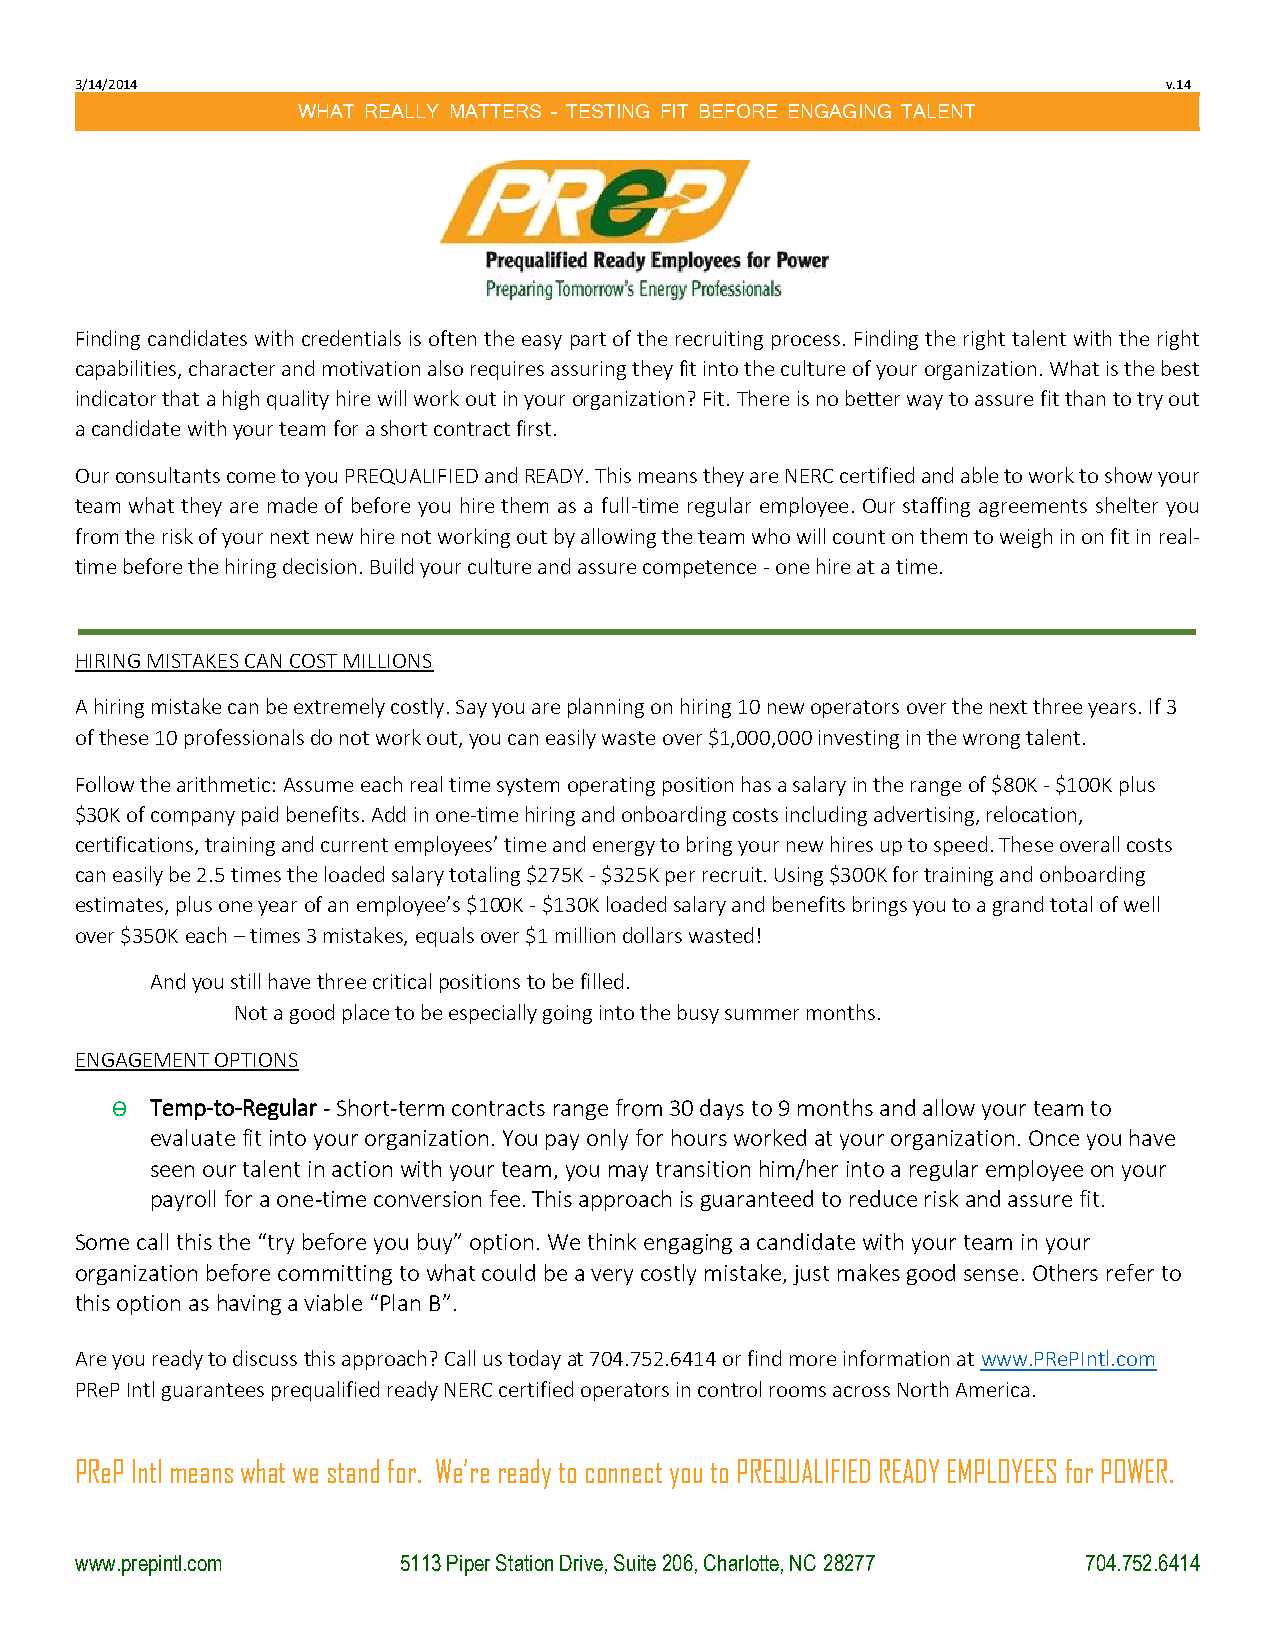
3/14/2014                                                               v.14
 WHAT REALLY MATTERS – TESTING FIT BEFORE ENGAGING TALENT
 Finding candidates with credentials is often the easy part of the recruiting process. Finding the right talent with the right
 capabilities, character and motivation also requires assuring they fit into the culture of your organization. What is the best
 indicator that a high quality hire will work out in your organization? Fit. There is no better way to assure fit than to try out
 a candidate with your team for a short contract first.
 Our consultants come to you PREQUALIFIED and READY. This means they are NERC certified and able to work to show your
 team what they are made of before you hire them as a full-time regular employee. Our staffing agreements shelter you
 from the risk of your next new hire not working out by allowing the team who will count on them to weigh in on fit in real-
 time before the hiring decision. Build your culture and assure competence - one hire at a time.
 HIRING MISTAKES CAN COST MILLIONS
 A hiring mistake can be extremely costly. Say you are planning on hiring 10 new operators over the next three years. If 3
 of these 10 professionals do not work out, you can easily waste over $1,000,000 investing in the wrong talent.
 Follow the arithmetic: Assume each real time system operating position has a salary in the range of $80K - $100K plus
 $30K of company paid benefits. Add in one-time hiring and onboarding costs including advertising, relocation,
 certifications, training and current employees’ time and energy to bring your new hires up to speed. These overall costs
 can easily be 2.5 times the loaded salary totaling $275K - $325K per recruit. Using $300K for training and onboarding
 estimates, plus one year of an employee’s $100K - $130K loaded salary and benefits brings you to a grand total of well
 over $350K each – times 3 mistakes, equals over $1 million dollars wasted!
 And you still have three critical positions to be filled.
 Not a good place to be especially going into the busy summer months.
 ENGAGEMENT OPTIONS
 Ѳ  Temp-to-Regular - Short-term contracts range from 30 days to 9 months and allow your team to
 evaluate fit into your organization. You pay only for hours worked at your organization. Once you have
 seen our talent in action with your team, you may transition him/her into a regular employee on your
 payroll for a one-time conversion fee. This approach is guaranteed to reduce risk and assure fit.
 Some call this the “try before you buy” option. We think engaging a candidate with your team in your
 organization before committing to what could be a very costly mistake, just makes good sense. Others refer to
 this option as having a viable “Plan B”.
 Are you ready to discuss this approach? Call us today at 704.752.6414 or find more information at www.PRePIntl.com
 PReP Intl guarantees prequalified ready NERC certified operators in control rooms across North America.
 PReP Intl means what we stand for. We’re ready to connect you to PREQUALIFIED READY EMPLOYEES for POWER.
 www.prepintl.com     5113 Piper Station Drive, Suite 206, Charlotte, NC 28277 704.752.6414